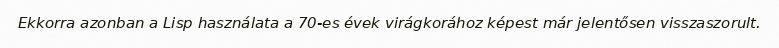
Ekkorra azonban a Lisp használata a 70-es évek virágkorához képest már jelentősen visszaszorult.